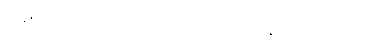
တရားဟု ယောဂီပုဂ္ဂိုလ်တို့ဉာဏ်အား ရှေးရှုထင်လာ၏။